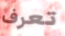
تعرف